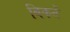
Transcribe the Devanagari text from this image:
बिकतें